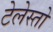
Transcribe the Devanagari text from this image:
टेलेस्तो